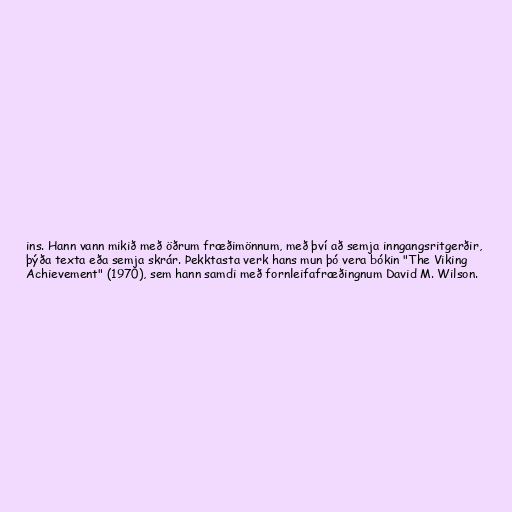
ins. Hann vann mikið með öðrum fræðimönnum, með því að semja inngangsritgerðir,
þýða texta eða semja skrár. Þekktasta verk hans mun þó vera bókin "The Viking
Achievement" (1970), sem hann samdi með fornleifafræðingnum David M. Wilson.